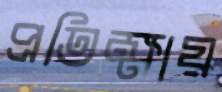
প্রতিক্ষায়